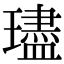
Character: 璶